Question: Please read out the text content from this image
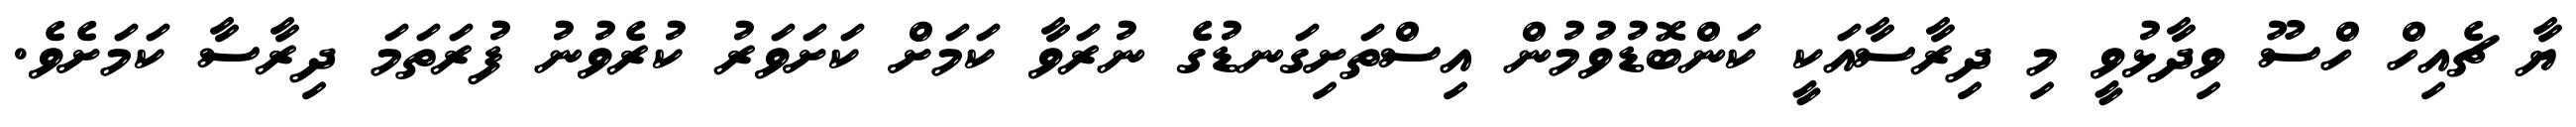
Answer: ޔާ ޗެއިހް ހްސޫ ވިދާޅުވީ މި ދިރާސާއަކީ ކަންބޮޑުވުމުން އިސްތަށިގަނޑުގެ ނުރަވާ ކަމަށް ކަށަވަރު ކުރެވުނު ފުރަތަމަ ދިރާސާ ކަމަށެވެ.